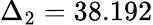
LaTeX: \Delta_{2}=38.192